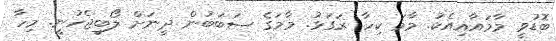
ބޮޑުވީ މާމައާއިއެކު. މާމަ ކިހާ ރަގަޅު. މާމަގެ ސަބަބުން ދީނަށް ލޯބިޖެހުނީ. މިހާ